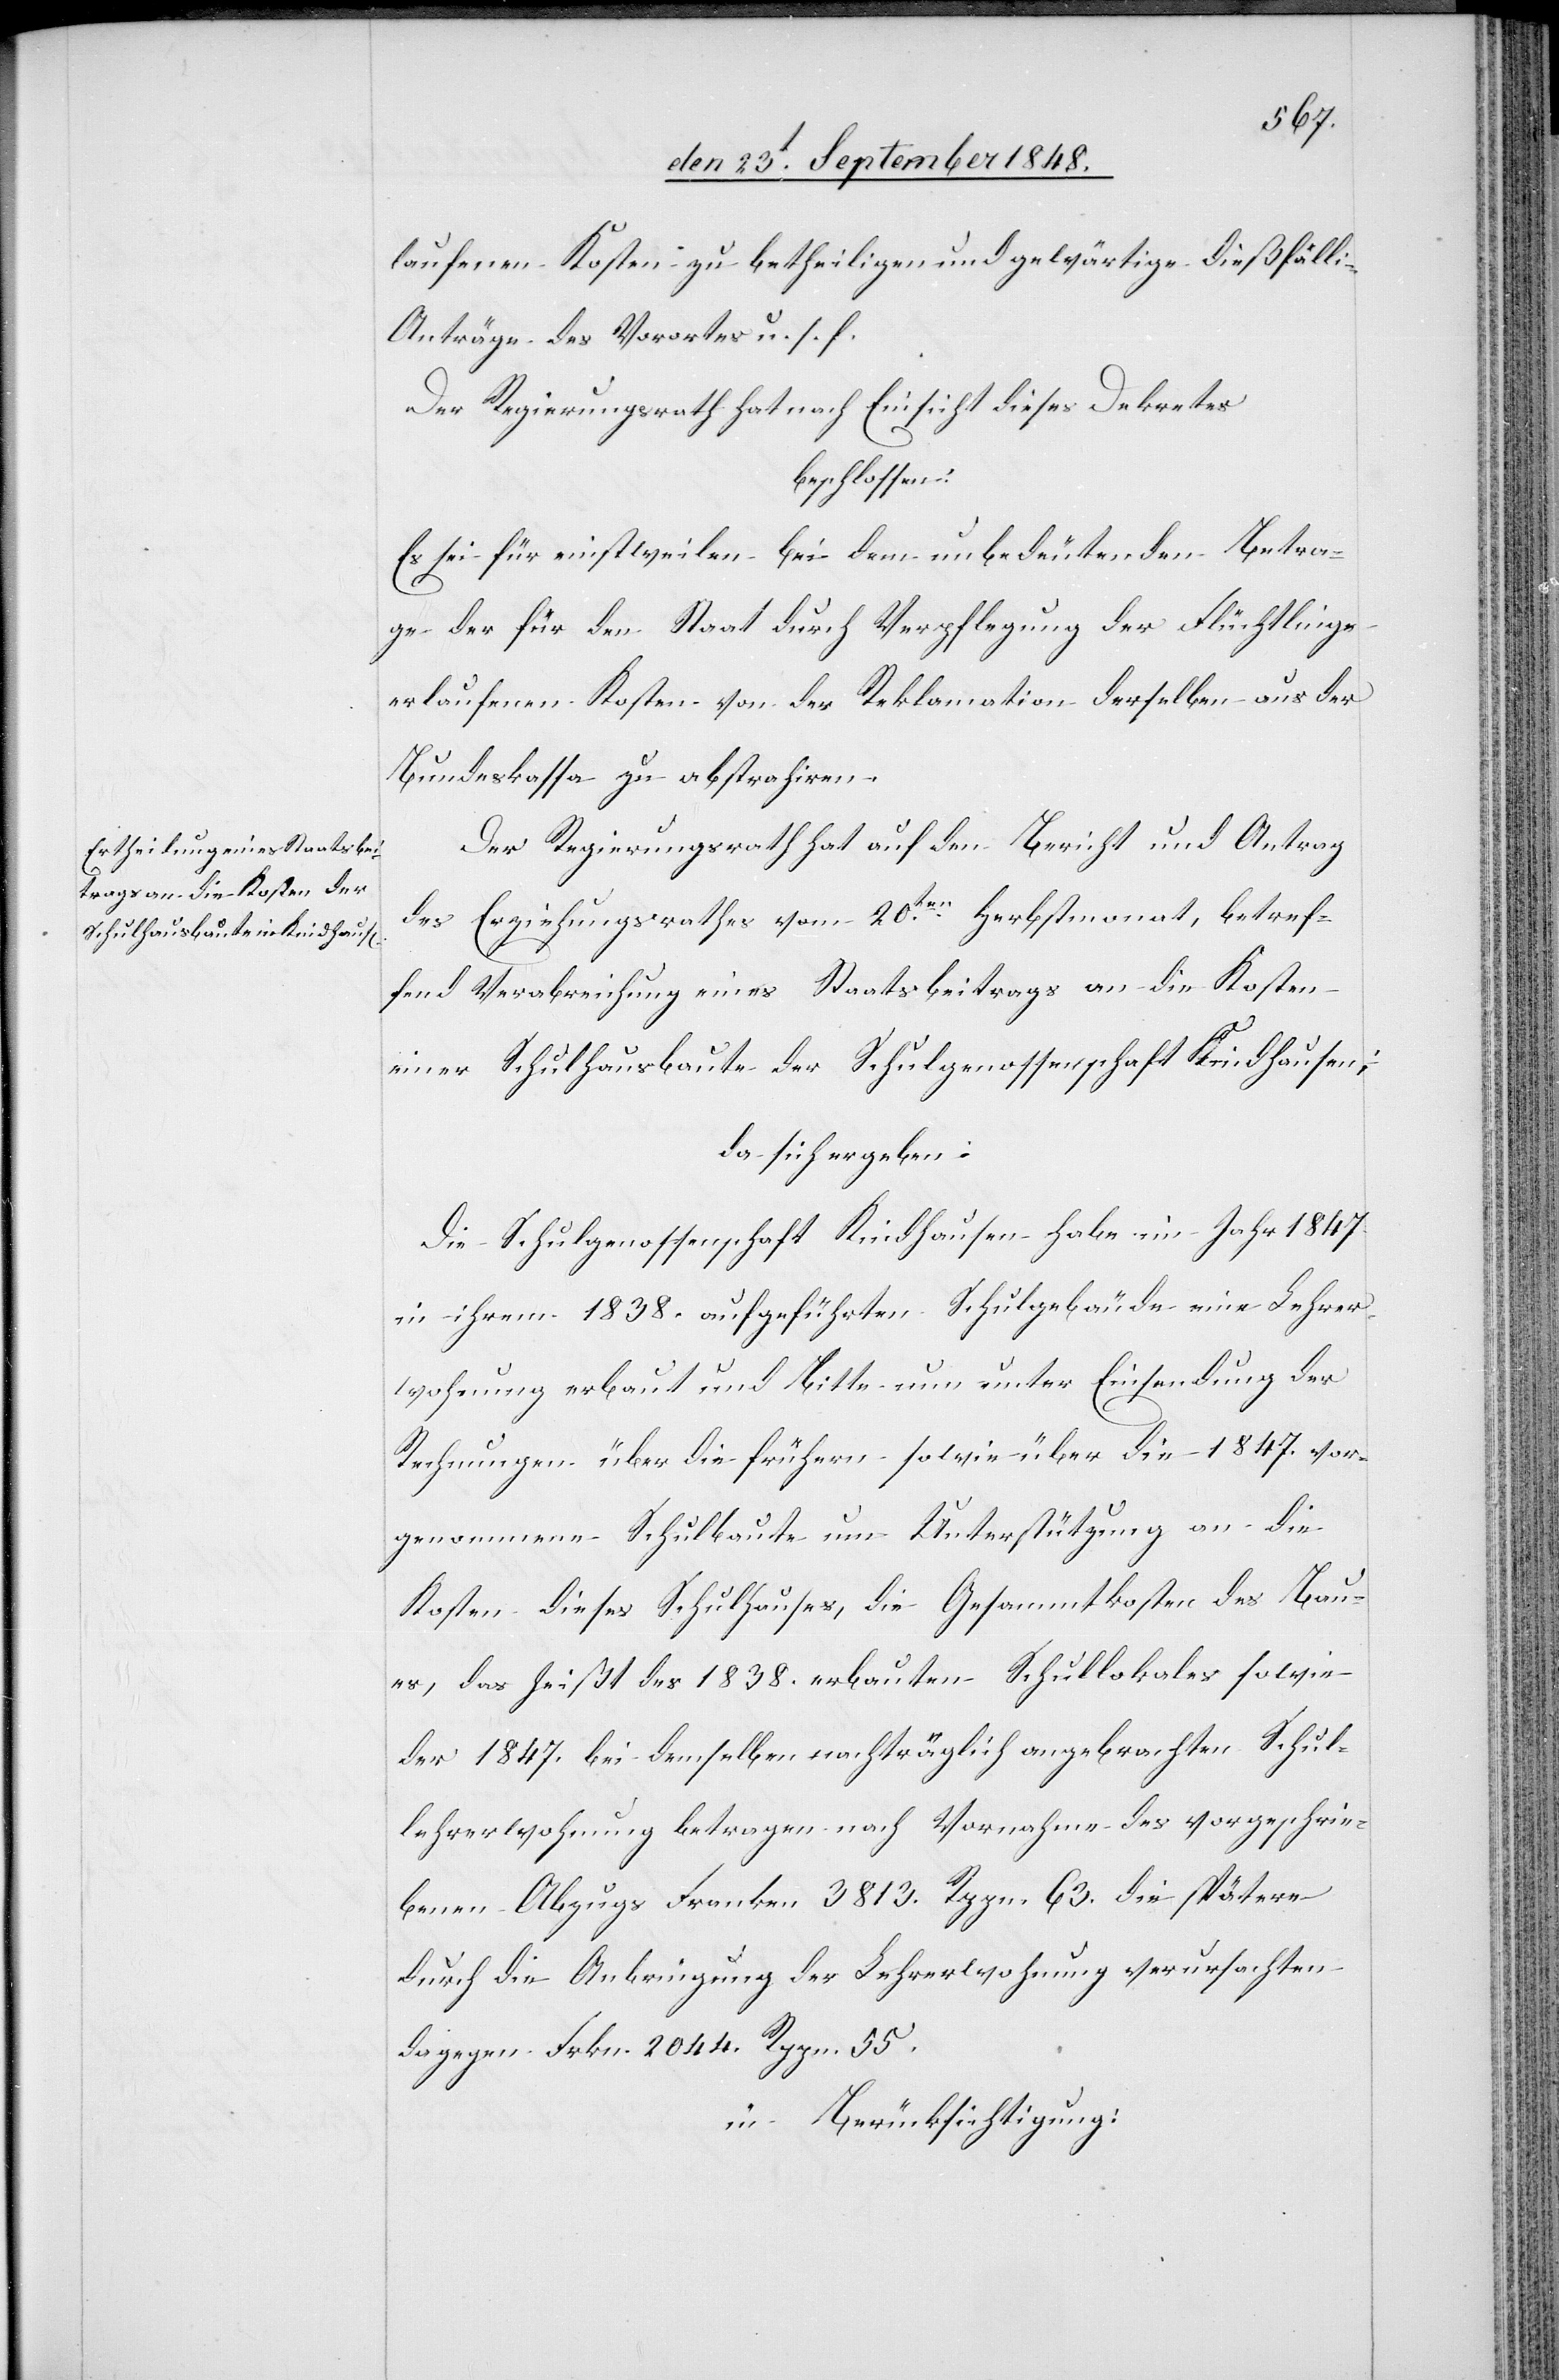
laufenden Kosten zu betheiligen und gewärtige dießfälli[ge]
Anträge des Vorortes u. s. f.
Der Regierungsrath hat nach Einsicht dieses Dekretes
beschlossen:
Es sei für einstweilen bei dem unbedeutenden Betra¬
ge der für den Staat durch Verpflegung der Flüchtlinge
erlaufenen Kosten von der Reklamation derselben aus der
Bundeskassa zu abstrahiren.
Der Regierungsrath hat auf den Bericht und Antrag
des Erziehungsrathes vom 20ten. Herbstmonat, betref¬
fend Verabreichung eines Staatsbeitrags an die Kosten
einer Schulhausbaute der Schulgenossenschaft Kindhausen:
da sich ergeben:
Die Schulgenossenschaft Kindhausen habe im Jahr 1847.
in ihrem 1838. aufgeführten Schulgebäude eine Lehrer¬
wohnung erbaut und Bitte nun unter Einsendung der
Rechnungen über die frühern sowie über die 1847. vor¬
genommene Schulbaute um Unterstützung an die
Kosten dieses Schulhauses, die Gesammtkosten des Bau¬
es, das heißt des 1838. erbauten Schullokales sowie
der 1847. bei demselben nachträglich angebrachten Schul¬
lehrerwohnung betragen nach Vornahme des vorgeschrie¬
benen Abzugs Franken 3813. Rppn. 63. die spätere
durch die Anbringung der Lehrerwohnung verursachten
dagegen Frkn. 2044 Rppn. 55.
in Berücksichtigung: